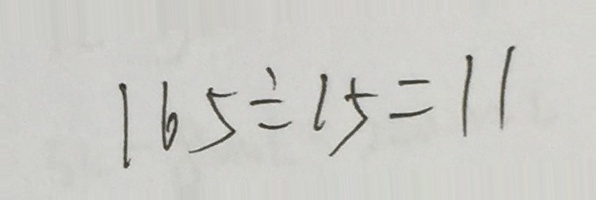
1 6 5 \div 1 5 = 1 1